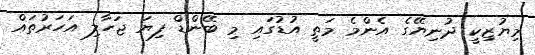
މިޔުޒިކީ ދުނިޔޭގެ އެންމެ މަތީ އުޑުގައި މި ބޭންޑް ފިޔަ ޖަހާލި އަހަރުތައް